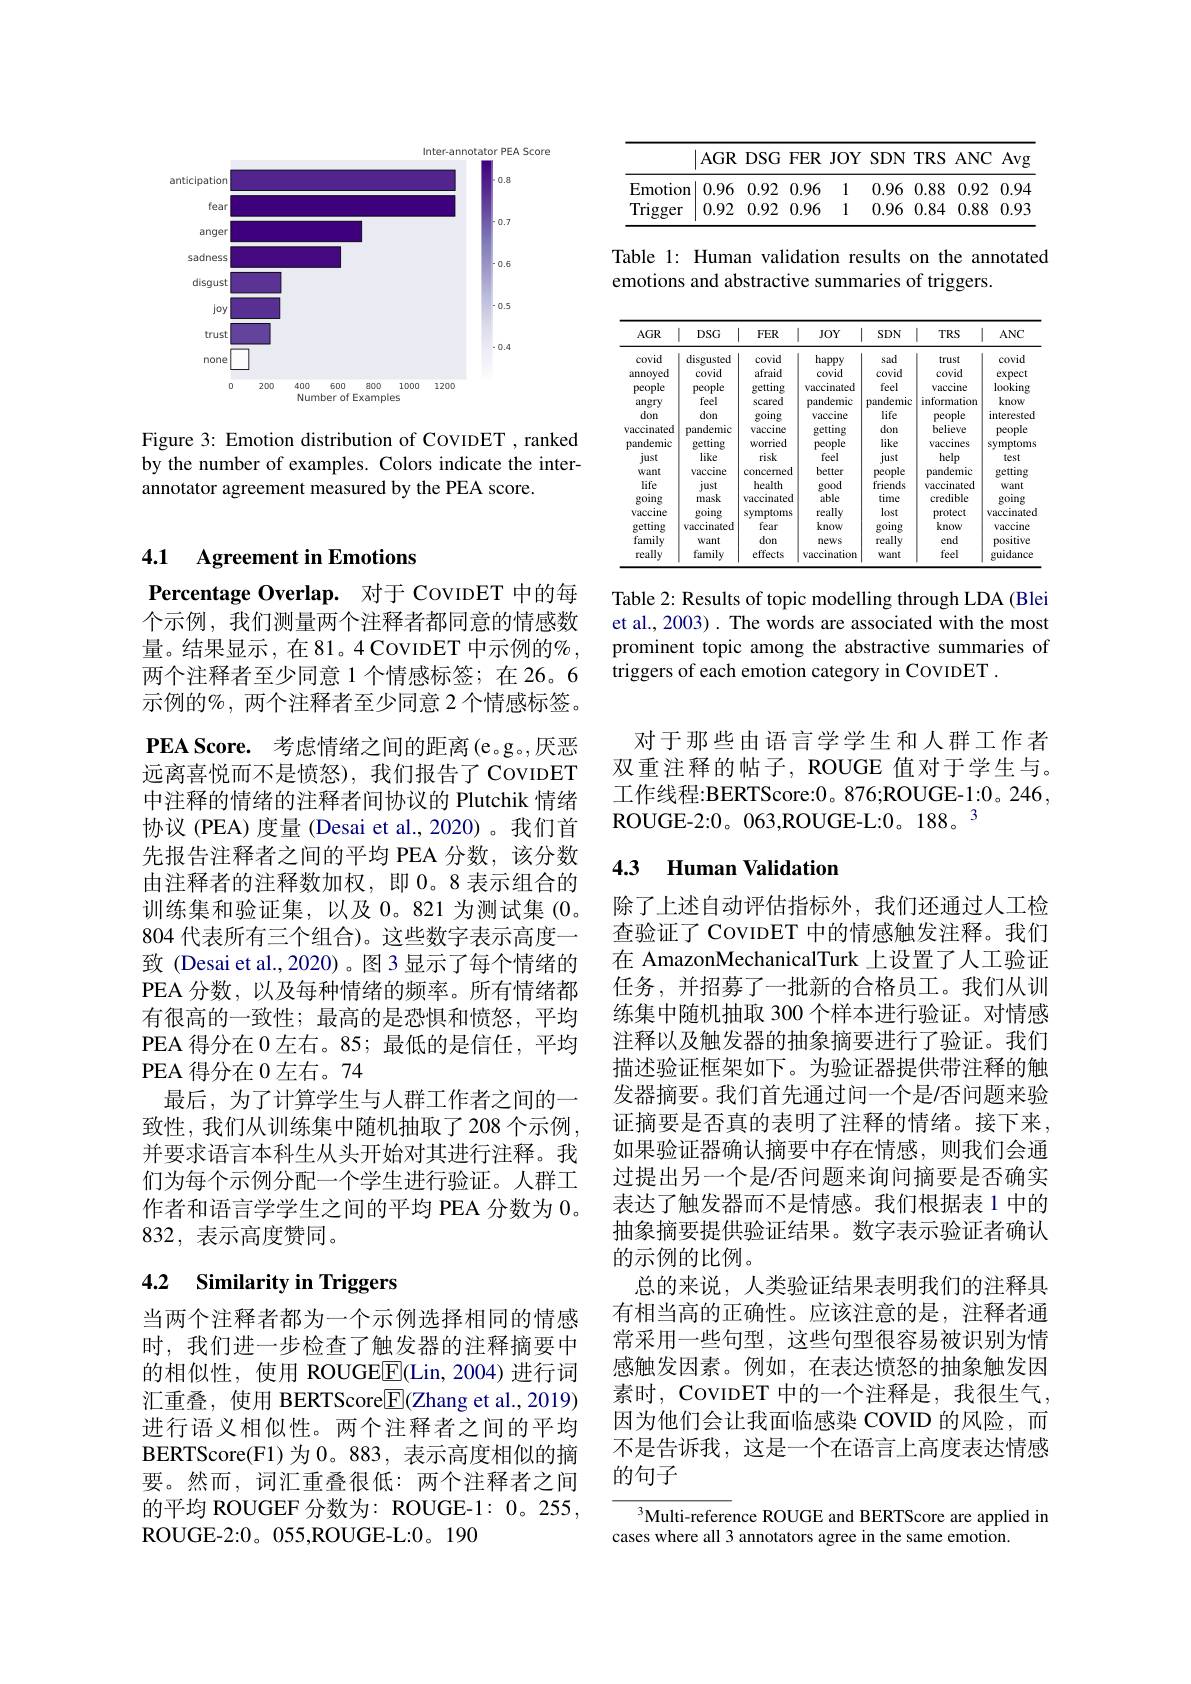
<FigureHere>

Figure 3: Emotion distribution of CovıpET , ranked by the number of examples. Colors indicate the interannotator agreement measured by the PEA score.

## 4.1 Agreement in Emotions

Percentage Overlap. 对于 CovIDET 中的每个示例，我们测量两个注释者都同意的情感数量。结果显示，在81。4 CovIDET 中示例的% , 两个注释者至少同意 1 个情感标签；在 26。6示例的$\%$, 两个注释者至少同意 2 个情感标签。$\textbf{PEA Score. 考 虑 情 绪 之 间 的 距 离 ( e。g。, 厌 恶 }$ 远离喜悦而不是愤怒),我们报告了 CovIDET 中注释的情绪的注释者间协议的 Plutchik 情绪协议 (PEA) 度量 (Desai et al., 2020) 。我们首先报告注释者之间的平均 PEA 分数，该分数由注释者的注释数加权，即 0。8 表示组合的训练集和验证集，以及 0。821 为测试集 (0。804 代表所有三个组合)。这些数字表示高度一致 (Desai et al.,2020)。图3显示了每个情绪的PEA 分数，以及每种情绪的频率。所有情绪都有很高的一致性；最高的是恐惧和愤怒，平均PEA 得分在 0 左右。85; 最低的是信任，平均PEA 得分在$0\textit{左 右 。74}$
最后，为了计算学生与人群工作者之间的一致性，我们从训练集中随机抽取了208个示例， 并要求语言本科生从头开始对其进行注释。我们为每个示例分配一个学生进行验证。人群工作者和语言学学生之间的平均 PEA 分数为 0。832,表示高度赞同。

# 4.2 Similarity in Triggers

当两个注释者都为一个示例选择相同的情感时，我们进一步检查了触发器的注释摘要中的相似性，使用 ROUGEE(Lin,2004)进行词汇重叠，使用 BERTScore$\underline{\mathrm{E}}$(Zhang et al., 2019) 进行语义相似性。两个注释者之间的平均BERTScore(F1)为 0。883, 表示高度相似的摘要。然而，词汇重叠很低：两个注释者之间的平均 ROUGEF 分数为：ROUGE-1: 0。255, ROUGE-2:0。055,ROUGE-L:0。190

<table>
	<tbody>
		<tr>
			<th> </th>
			<th>$AGR$</th>
			<th>$DSG$</th>
			<th>$FER$</th>
			<th>$JOY$</th>
			<th>SDN</th>
			<th>TRS</th>
			<th>$ANC$</th>
			<th>Avg</th>
		</tr>
		<tr>
			<td>Emotion</td>
			<td>0.96</td>
			<td>0.92</td>
			<td>0.96</td>
			<td>1</td>
			<td>0.96</td>
			<td>0.88</td>
			<td>0.92</td>
			<td>0.94</td>
		</tr>
		<tr>
			<td>Trigger</td>
			<td>0.92</td>
			<td>0.92</td>
			<td>0.96</td>
			<td>1</td>
			<td>0.96</td>
			<td>0.84</td>
			<td>0.88</td>
			<td>0.93</td>
		</tr>
	</tbody>
</table>

Table 1: Human validation results on the annotated
emotions and abstractive summaries of triggers.

<table>
	<tbody>
		<tr>
			<th>$AGR$</th>
			<th>$DSG$ 1</th>
			<th>$FER$</th>
			<th>$JOY$</th>
			<th>$SDN$</th>
			<th>$TRS$</th>
			<th>$ANC$</th>
		</tr>
		<tr>
			<td>WIU annoyed people angry don vaccinated pandemic just Want life going vaccine getting family reallv</td>
			<td>ursgustu covid people feel don pandemic getting like vaccine just mask going vaccinated want familw</td>
			<td>VUVIU afraid getting scared going vaccine worried risk concemed health vaccinated symptoms fear don effects</td>
			<td>$\operatorname{liapp}$ covid vaccinated pandemic vaccine getting people feel better good able really know news vaccinatiom</td>
			<td>Muu covid feel pandemic life don like just people friends time lost going really want</td>
			<td>LLUM covid vaccine information people believe vaccines help pandemic vaccinated credible protect know end feel</td>
			<td>WIu expect looking know interested people symptoms test getting Want going vaccinated vaccine positive guidance</td>
		</tr>
	</tbody>
</table>

Table 2: Results of topic modelling through LDA (Blei et al., 2003) . The words are associated with the most prominent topic among the abstractive summaries of triggers of each emotion category in COVIDET .

对于那些由语言学学生和人群工作者双重注释的帖子，ROUGE 值对于学生与。工作线程：BERTScore:0。876;ROUGE-1:0。246, ROUGE-2:0。063,ROUGE-L:0。188。3

### 4.3 Human Validation

除了上述自动评估指标外，我们还通过人工检查验证了 CovIDET 中的情感触发注释。我们在 AmazonMechanicalTurk 上设置了人工验证任务，并招募了一批新的合格员工。我们从训练集中随机抽取 300 个样本进行验证。对情感注释以及触发器的抽象摘要进行了验证。我们描述验证框架如下。为验证器提供带注释的触发器摘要。我们首先通过问一个是/否问题来验证摘要是否真的表明了注释的情绪。接下来， 如果验证器确认摘要中存在情感，则我们会通过提出另一个是/否问题来询问摘要是否确实表达了触发器而不是情感。我们根据表 1 中的抽象摘要提供验证结果。数字表示验证者确认的示例的比例。
总的来说，人类验证结果表明我们的注释具有相当高的正确性。应该注意的是，注释者通常采用一些句型，这些句型很容易被识别为情感触发因素。例如，在表达愤怒的抽象触发因素时，CovIDET 中的一个注释是，我很生气， 因为他们会让我面临感染 COVID 的风险，而不是告诉我，这是一个在语言上高度表达情感的句子

3Multi-reference ROUGE and BERTScore are applied in
cases where all 3 annotators agree in the same emotion.